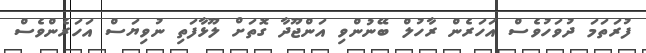
ފުރަތަމަ ދުވަހުވެސް އަހަރެން ރާހުލް ބޭނުންވި އަންޖޫދާ ގޮތަށް ލޫޅާފަތި ނުވިޔަސް އަހަރެންވެސް